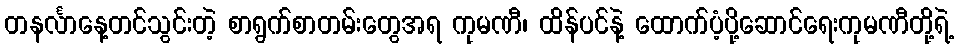
တနင်္လာနေ့တင်သွင်းတဲ့ စာရွက်စာတမ်းတွေအရ ကုမဏီ၊ ထိန်ပင်နဲ့ ထောက်ပံ့ပို့ဆောင်ရေးကုမဏီတို့ရဲ့